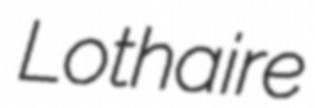
Lothaire